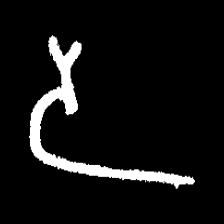
Pyu character \u2014 Myanmar letter: ဒ (romanized: da)